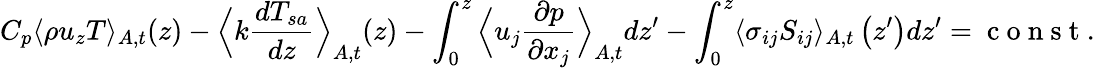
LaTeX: C_{p}\langle\rho u_{z}T\rangle_{A,t}(z)-\Big\langle k\frac{dT_{sa}}{dz}\Big\rangle_{A,t}(z)-\int_{0}^{z}\Big\langle u_{j}\frac{\partial p}{\partial x_{j}}\Big\rangle_{A,t}dz^{\prime}-\int_{0}^{z}\langle\sigma_{ij}S_{ij}\rangle_{A,t}\left(z^{\prime}\right)dz^{\prime}=\mathrm{~c~o~n~s~t~.~}